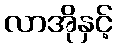
လာအိုနှင့်